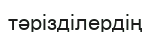
тәрізділердің